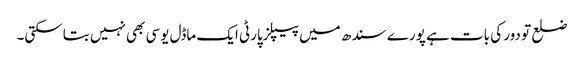
ضلع تو دور کی بات ہے پورے سندھ میں پیپلزپارٹی ایک ماڈل یوسی بھی نہیں بتاسکتی۔